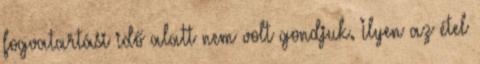
fogvatartási idő alatt nem volt gondjuk. Ilyen az étel